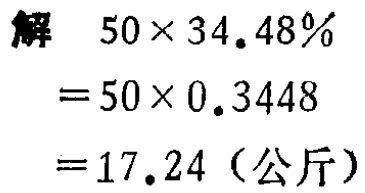
解

\[

\begin{align*}

&50\times34.48\%\\

=&50\times0.3448\\

=&17.24 \text{（公斤）}

\end{align*}

\]